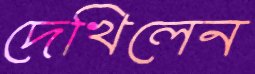
দেখিলেন